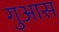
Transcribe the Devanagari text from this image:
गुआस